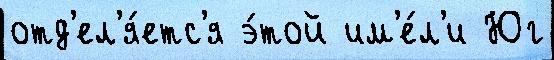
отд'ел'я́етс'я э́той им'е́л'и Юг